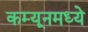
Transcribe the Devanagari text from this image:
कम्यूनमध्ये